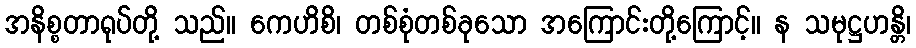
အနိစ္စတာရုပ်တို့ သည်။ ကေဟိစိ၊ တစ်စုံတစ်ခုသော အကြောင်းတို့ကြောင့်။ န သမုဋ္ဌဟန္တိ၊